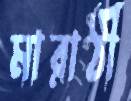
মারাঠী